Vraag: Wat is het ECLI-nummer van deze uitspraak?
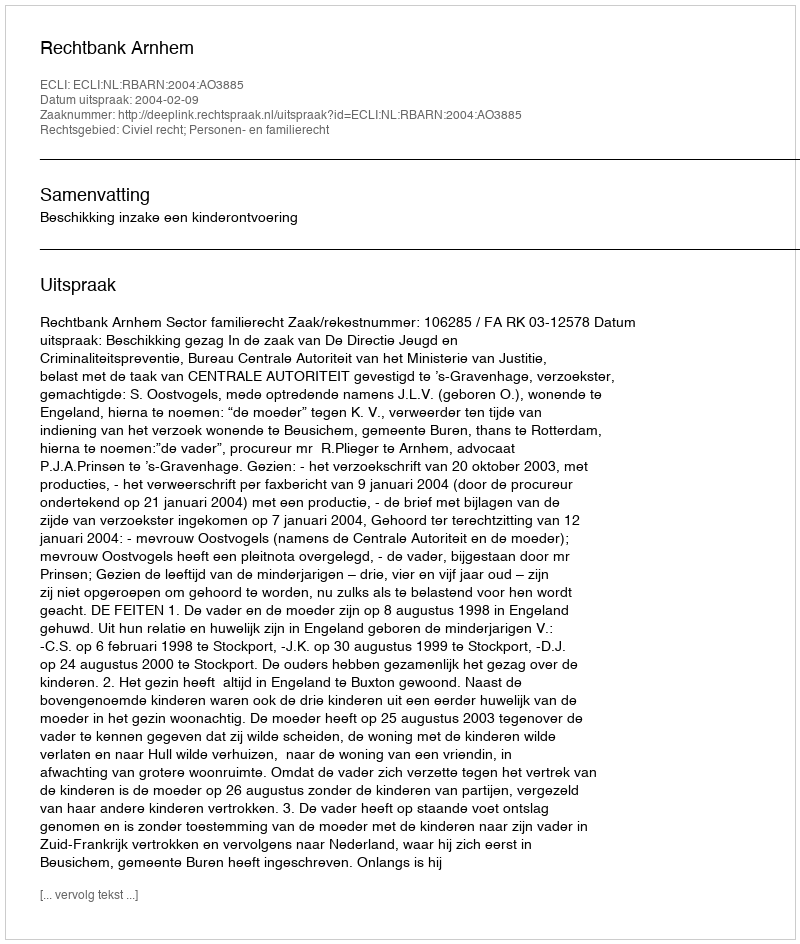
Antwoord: ECLI:NL:RBARN:2004:AO3885